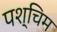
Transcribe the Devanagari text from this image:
पश्चिम